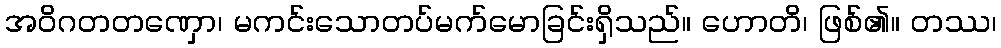
အဝိဂတတဏှော၊ မကင်းသောတပ်မက်မောခြင်းရှိသည်။ ဟောတိ၊ ဖြစ်၏။ တဿ၊